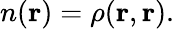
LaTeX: n({\mathbf r})=\rho({\mathbf r},{\mathbf r}).